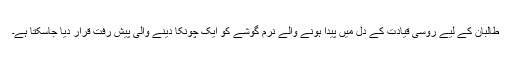
طالبان کے لیے روسی قیادت کے دل میں پیدا ہونے والے نرم گوشے کو ایک چونکا دینے والی پیش رفت قرار دیا جاسکتا ہے۔